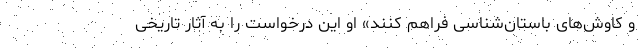
و کاوش‌های باستان‌شناسی فراهم کنند» او این درخواست را به آثار تاریخی